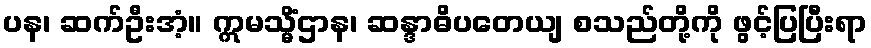
ပန၊ ဆက်ဦးအံ့။ ဣမသ္မိံဌာန၊ ဆန္ဒာဓိပတေယျ စသည်တို့ကို ဖွင့်ပြပြီးရာ